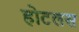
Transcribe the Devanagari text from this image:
होटलस